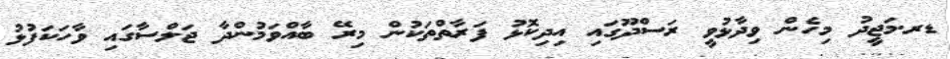
ޑރ.މަޖީދު މިހެން ވިދާޅުވީ ރަަސްދޫގައި އިދިކޮޅު ފަރާތްތަކުން މިރޭ ބާއްވަމުންދާ ޖަލްސާގައި ވާހަކަފުޅު